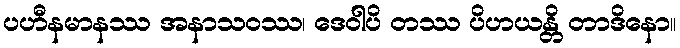
ပဟီနမာနဿ အနာသဝဿ၊ ဒေဝါပိ တဿ ပိဟယန္တိ တာဒိနော။